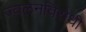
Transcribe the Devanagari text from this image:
ज्वलनविरोधी